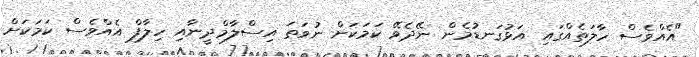
"އެއްވެސް ހާލަތެއްގައި އަޅުގަނޑުމެން ނޭދެވޭ ކަމަކަށް ނުވަތަ އިސްލާމްދީނާއި ހިލާފް އެއްވެސް ކަމަކަށް